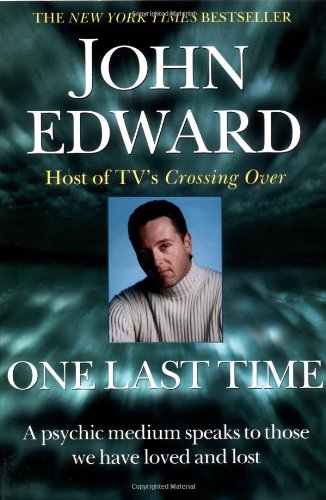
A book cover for One Last Time; John Edward; Religion & Spirituality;